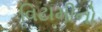
વિટામીનો